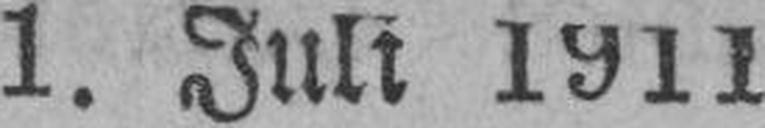
1. Juli 1911